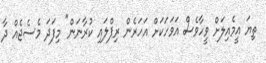
ތިޔަ އީމެއިލަށް ވީހާވެސް އަވަހަކަށް އަހަރެން ރިޕްލައި ކުރާނަން" މިފަދަ މެސެޖެއް ދާ